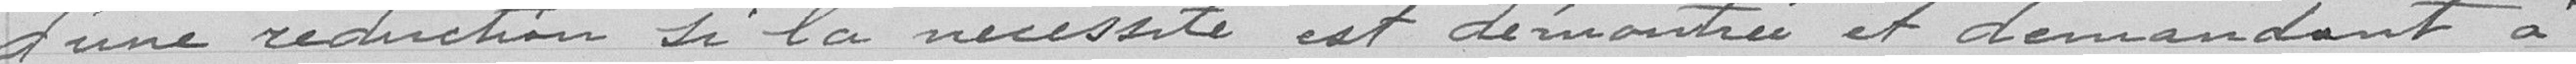
d'une réduction si la nécessité est démontrée et demandant à